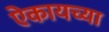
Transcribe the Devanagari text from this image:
ऐकायच्या